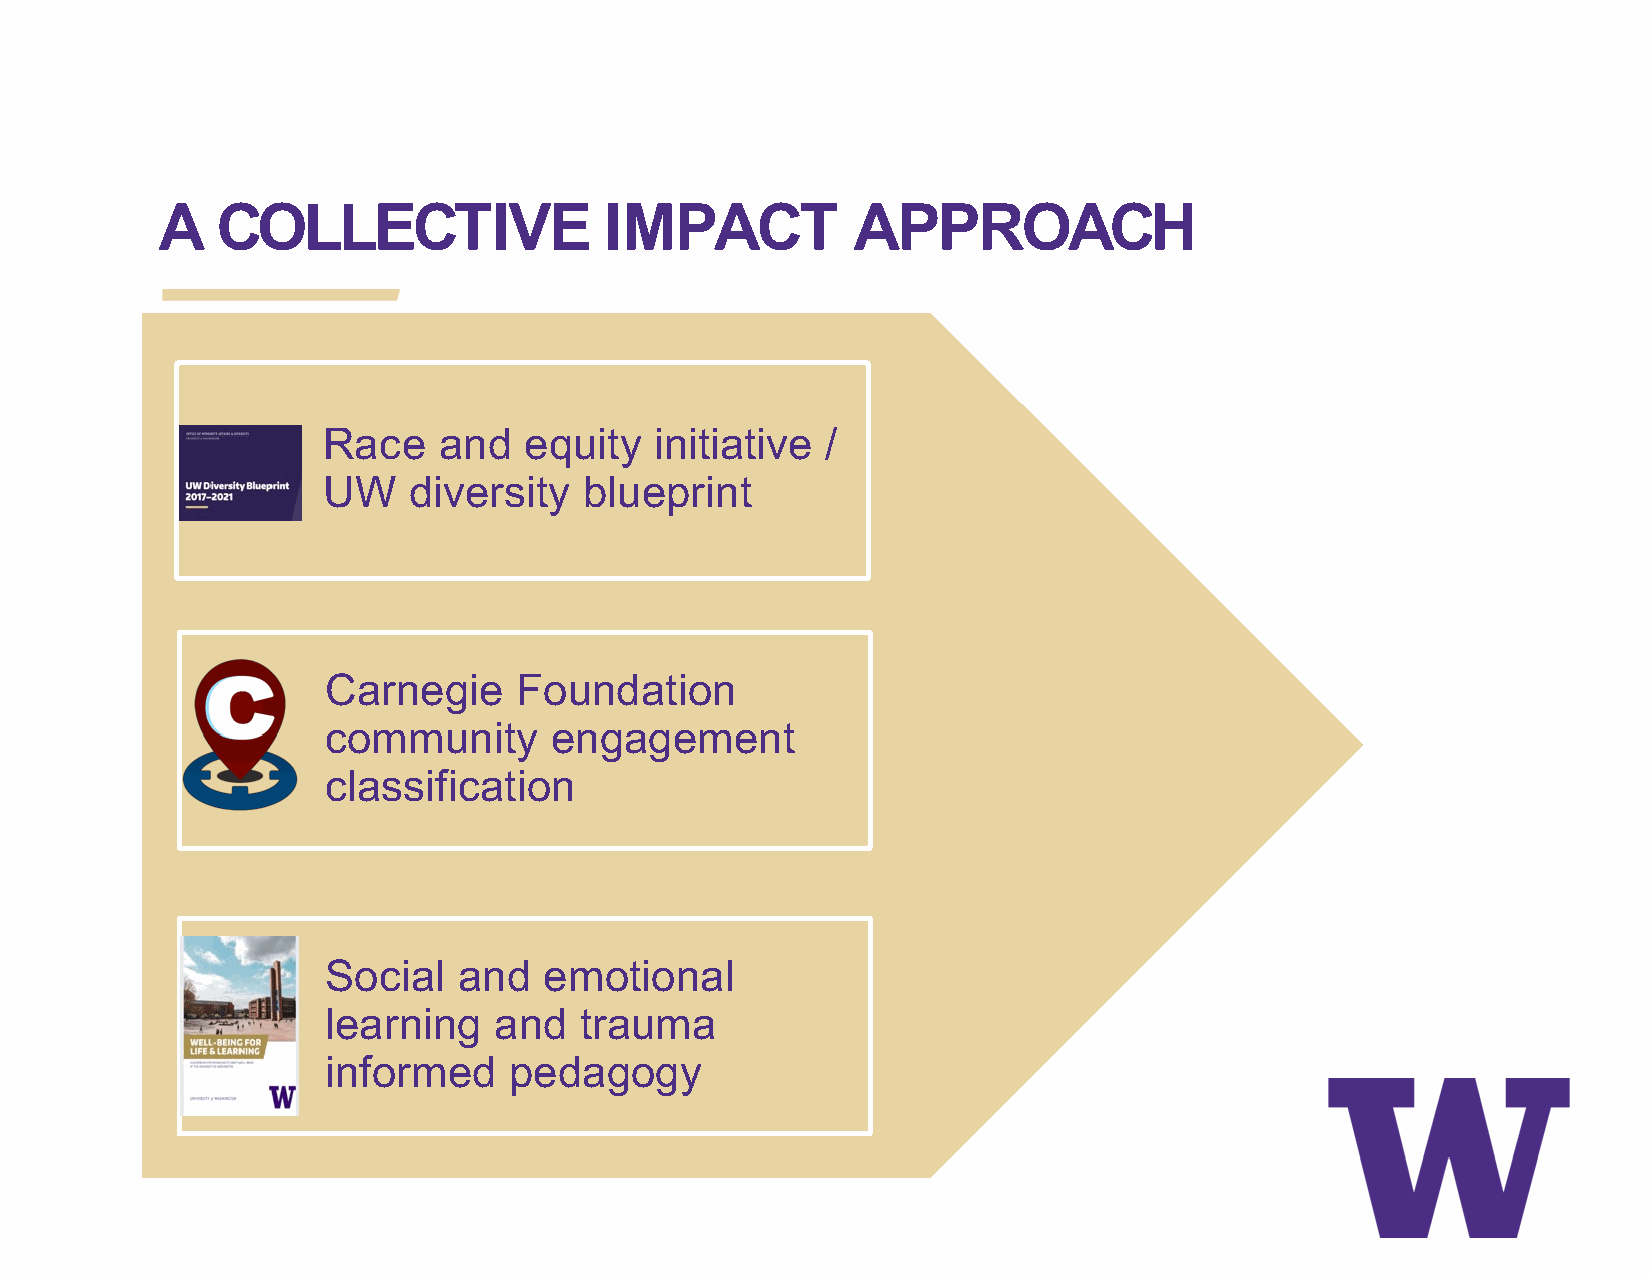
A   COLLECTIVE                IMPACT          APPROACH
 Race    and   equity  initiative  /
 UW    diversity   blueprint
 Carnegie    Foundation
 community     engagement
 classification
 Social  and   emotional
 learning   and  trauma
 informed    pedagogy